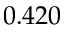
0 . 4 2 0